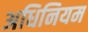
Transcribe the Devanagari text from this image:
अधिनियम